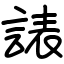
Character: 諘